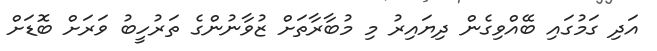
އަދި ގަމުގައި ބޭއްވިގެން ދިޔައިރު މި މުބާރާތަށް ޒުވާނުންގެ ތަރުހީބު ވަރަށް ބޮޑަށް